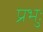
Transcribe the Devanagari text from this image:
प्रभुः